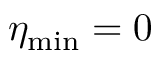
\eta _ { \mathrm { m i n } } = 0